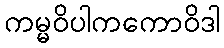
ကမ္မဝိပါကကောဝိဒါ